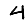
Digit: 4